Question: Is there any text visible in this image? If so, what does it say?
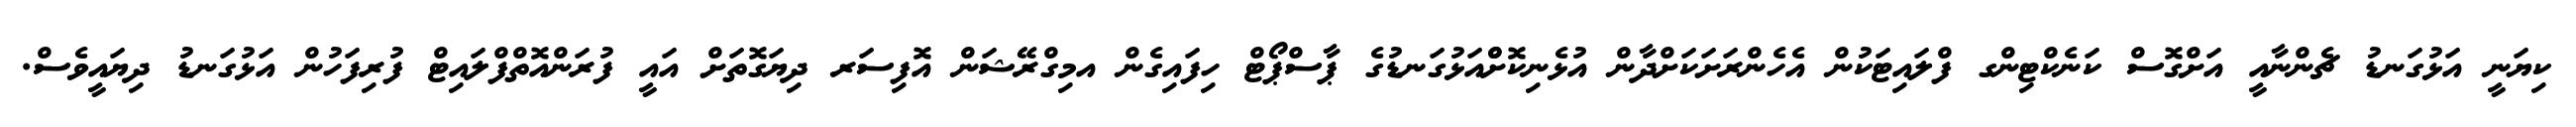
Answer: ކިޔަނީ އަޅުގަނޑު ޗެންނާއީ އަށްގޮސް ކަނެކްޓިންގ ފްލައިޓަކުން އެހެންރަށަކަށްދާން އުޅެނިކޮށްްއަޅުގަނޑުގެ ޕާސްޕޯޓް ހިފައިގެން އމިގްރޭޝަން އޮފިސަރ ދިޔަގޮތަށް އައީ ފުރަންއޮތްފްލައިޓް ފުރިފަހުން އަޅުގަނޑު ދިޔައީވެސް.